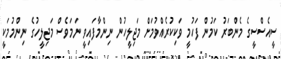
ސީއެސްސީގެ މެންބަރު ކަމުން ފަހުމީ ވަކިކުރެއްވުމަށް މަޖިލީހުން ނިންމާފައިވީ ނަމަވެސް މަޖިލީހުގެ ނިންމުމަކީ